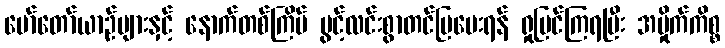
မော်တော်ယာဉ်များနှင့် နောက်တစ်ကြိမ် ပွင့်လင်းစွာတင်ပြပေးရန် ရှုမြင်ကြရပြီး အမှိုက်ကိစ္စ